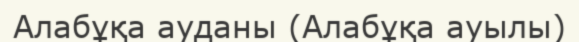
Алабұқа ауданы (Алабұқа ауылы)